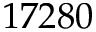
1 7 2 8 0